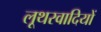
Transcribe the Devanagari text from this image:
लूथरवादियों